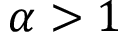
\alpha > 1